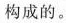
构成的。